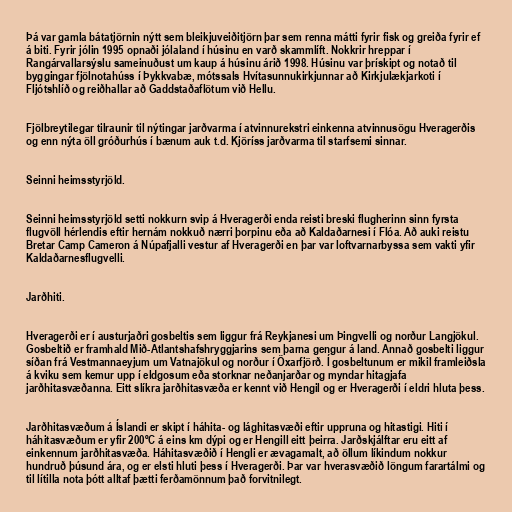
Þá var gamla bátatjörnin nýtt sem bleikjuveiðitjörn þar sem renna mátti fyrir fisk og greiða fyrir ef
á biti. Fyrir jólin 1995 opnaði jólaland í húsinu en varð skammlíft. Nokkrir hreppar í
Rangárvallarsýslu sameinuðust um kaup á húsinu árið 1998. Húsinu var þrískipt og notað til
byggingar fjölnotahúss í Þykkvabæ, mótssals Hvítasunnukirkjunnar að Kirkjulækjarkoti í
Fljótshlíð og reiðhallar að Gaddstaðaflötum við Hellu.

Fjölbreytilegar tilraunir til nýtingar jarðvarma í atvinnurekstri einkenna atvinnusögu Hveragerðis
og enn nýta öll gróðurhús í bænum auk t.d. Kjöríss jarðvarma til starfsemi sinnar.

Seinni heimsstyrjöld.

Seinni heimsstyrjöld setti nokkurn svip á Hveragerði enda reisti breski flugherinn sinn fyrsta
flugvöll hérlendis eftir hernám nokkuð nærri þorpinu eða að Kaldaðarnesi í Flóa. Að auki reistu
Bretar Camp Cameron á Núpafjalli vestur af Hveragerði en þar var loftvarnarbyssa sem vakti yfir
Kaldaðarnesflugvelli.

Jarðhiti.

Hveragerði er í austurjaðri gosbeltis sem liggur frá Reykjanesi um Þingvelli og norður Langjökul.
Gosbeltið er framhald Mið-Atlantshafshryggjarins sem þarna gengur á land. Annað gosbelti liggur
síðan frá Vestmannaeyjum um Vatnajökul og norður í Öxarfjörð. Í gosbeltunum er mikil framleiðsla
á kviku sem kemur upp í eldgosum eða storknar neðanjarðar og myndar hitagjafa
jarðhitasvæðanna. Eitt slíkra jarðhitasvæða er kennt við Hengil og er Hveragerði í eldri hluta þess.

Jarðhitasvæðum á Íslandi er skipt í háhita- og lághitasvæði eftir uppruna og hitastigi. Hiti í
háhitasvæðum er yfir 200ºC á eins km dýpi og er Hengill eitt þeirra. Jarðskjálftar eru eitt af
einkennum jarðhitasvæða. Háhitasvæðið í Hengli er ævagamalt, að öllum líkindum nokkur
hundruð þúsund ára, og er elsti hluti þess í Hveragerði. Þar var hverasvæðið löngum farartálmi og
til lítilla nota þótt alltaf þætti ferðamönnum það forvitnilegt.